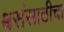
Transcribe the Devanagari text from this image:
श्वसंसाठीचा